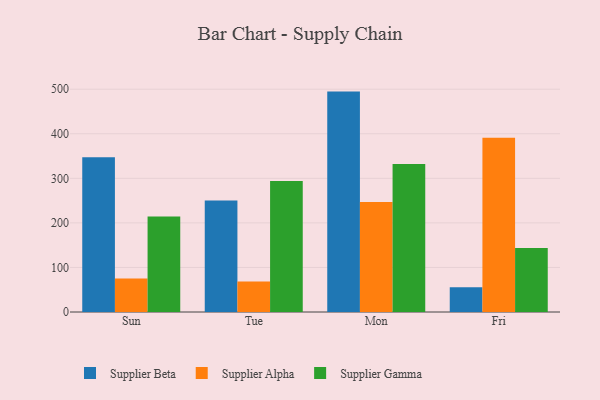
{"axis": {"x": "Day", "y": "Bounce Rate (%)"}, "legend": ["Supplier Alpha", "Supplier Beta", "Supplier Gamma"], "data": [{"x": "Sun", "y": 347.5, "type": "Supplier Beta"}, {"x": "Sun", "y": 75.1, "type": "Supplier Alpha"}, {"x": "Sun", "y": 214.2, "type": "Supplier Gamma"}, {"x": "Tue", "y": 250.3, "type": "Supplier Beta"}, {"x": "Tue", "y": 68.3, "type": "Supplier Alpha"}, {"x": "Tue", "y": 293.8, "type": "Supplier Gamma"}, {"x": "Mon", "y": 494.6, "type": "Supplier Beta"}, {"x": "Mon", "y": 246.7, "type": "Supplier Alpha"}, {"x": "Mon", "y": 332.0, "type": "Supplier Gamma"}, {"x": "Fri", "y": 55.5, "type": "Supplier Beta"}, {"x": "Fri", "y": 391.3, "type": "Supplier Alpha"}, {"x": "Fri", "y": 143.5, "type": "Supplier Gamma"}]}